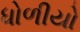
ધોળીયો